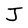
Character: J